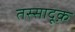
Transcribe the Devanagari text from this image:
तस्सादूक़